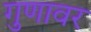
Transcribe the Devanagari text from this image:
गुणावर